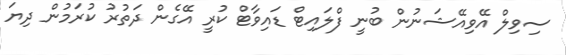
ސިވިލް އޭވިއޭޝަނުން ބުނީ ފްލައިޓް ޑައިވާޓް ކުރީ އޭގެން ދަތުރު ކުރަމުން ދިޔަ